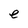
Character: e